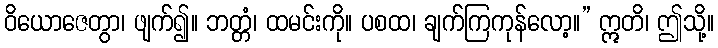
ဝိယောဇေတွာ၊ ဖျက်၍။ ဘတ္တံ၊ ထမင်းကို။ ပစထ၊ ချက်ကြကုန်လော့။” ဣတိ၊ ဤသို့။